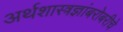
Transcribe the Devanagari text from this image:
अर्थशास्त्रज्ञांबरोबरीचे